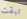
تبقت